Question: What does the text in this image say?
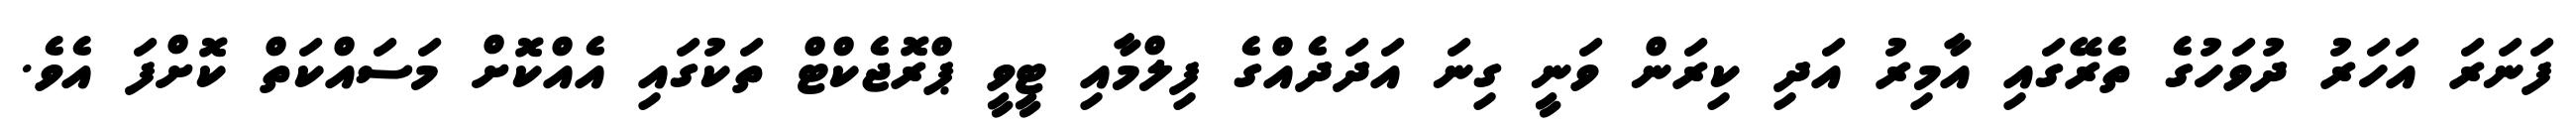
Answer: ފަނަރަ އަހަރު ދުވަހުގެ ތެރޭގައި އާމިރު އަދި ކިރަން ވަނީ ގިނަ އަދަދެއްގެ ފިލްމާއި ޓީވީ ޕްރޮޖެކްޓް ތަކުގައި އެއްކޮށް މަސައްކަތް ކޮށްފަ އެވެ.